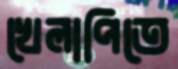
খেলাপিতে